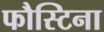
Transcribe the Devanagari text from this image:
फौस्टिना